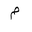
Letter: _mim